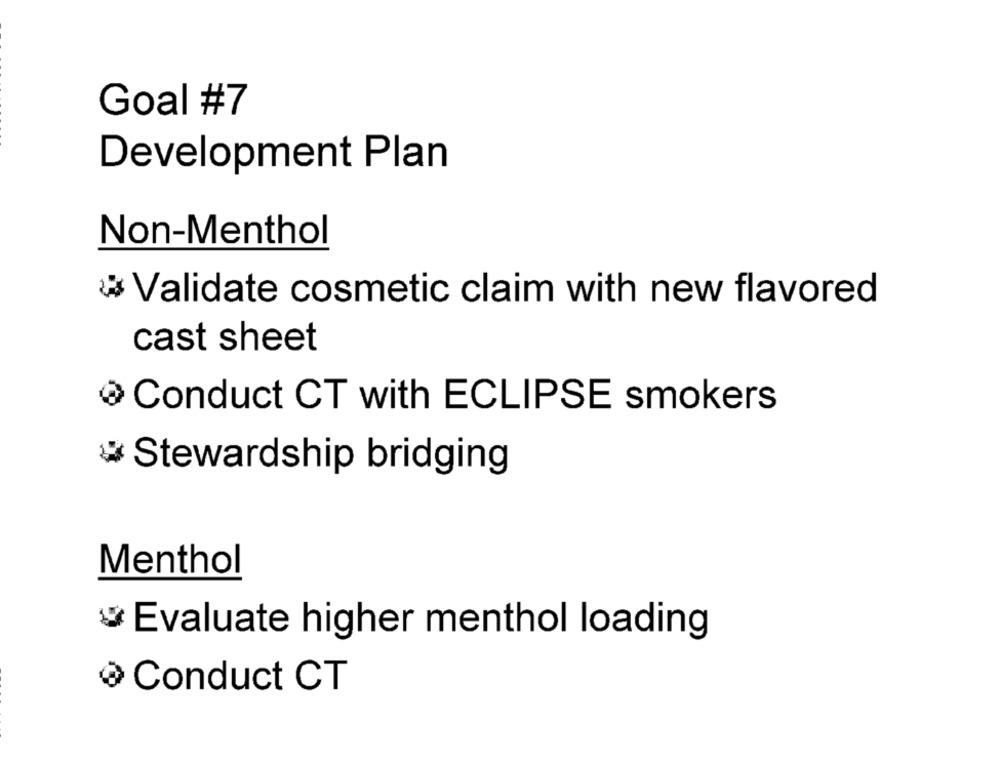
Goal #7
Development Plan
Non-Menthol
Validate cosmetic claim with new flavored
cast sheet
Conduct CT with ECLIPSE smokers
# Stewardship bridging
Menthol
Evaluate higher menthol loading
Conduct CT